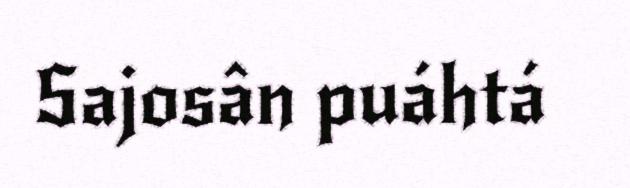
Sajosân puáhtá